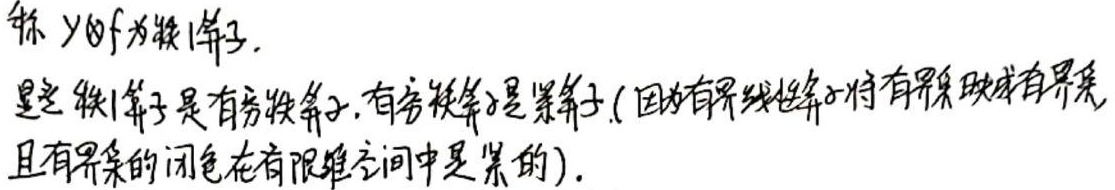
称 $y_n$ 为子序列。这子序列是有界子序列，有界子序列是紧子序列（因为有界线性算子将有界集映成有界集，且有界集的闭包在有限维空间中是紧的）。